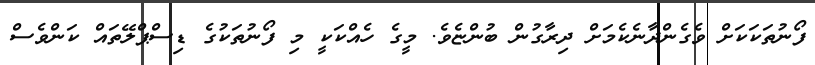
ފޯނުތަކަކަށް ވެގެންދާނެކެމަށް ދިރާގުން ބުންޏެވެ. މީގެ ހެއްކަކީ މި ފޯނުތަކުގެ ޑިސްޕްލޭތައް ކަންވެސް